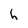
Character: h